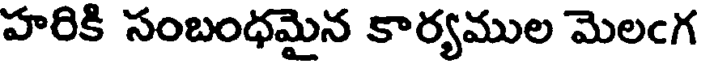
హరికి సంబంధమైన కార్యముల మెలఁగ